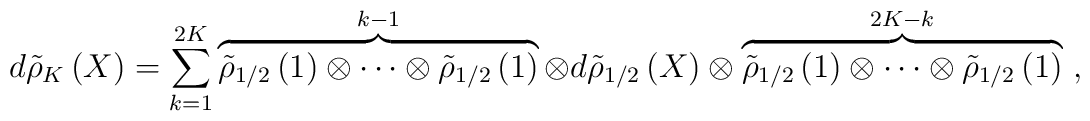
d{\tilde {\rho}} _K\left( X \right)=\sum\limits_{k=1}^{2K} {\overbrace {{\tilde {\rho}}_{1/ 2}\left( 1 \right)\otimes \cdots \otimes{\tilde {\rho}} _{1/ 2}\left( 1 \right)}^{k-1}\otimes d{\tilde {\rho}} _{1/ 2}\left( X \right)\otimes \overbrace {{\tilde {\rho}}_{1/ 2}\left( 1 \right)\otimes \cdots \otimes{\tilde {\rho}} _{1/ 2}\left( 1 \right)}^{2K-k}}\ ,